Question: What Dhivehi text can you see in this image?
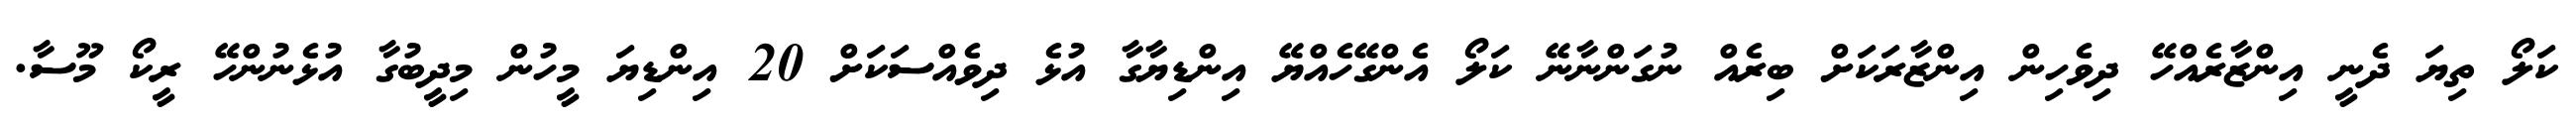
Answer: ކަލޯ ތިޔަ ދެނީ އިންޒާރެއްހޭ ދިވެހިން އިންޒާރަކަށް ބިރެއް ނުގަންނާނޭ ކަލޯ އެންގޭހެއްޔޭ އިންޑިޔާގާ އުޅެ ދިވެއްސަކަށް 20 އިންޑިޔަ މީހުން މިދީބުގާ އުޅެނުންހޭ ރީކޯ މޫސާ.